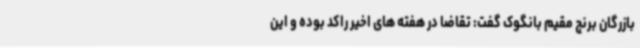
بازرگان برنج مقیم بانگوک گفت: تقاضا در هفته های اخیر راکد بوده و این